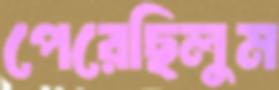
পেরেছিলুম